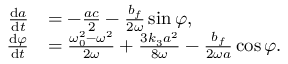
\begin{array} { r l } { \frac { \mathrm { d } a } { \mathrm { d } t } } & { = - \frac { a c } { 2 } - \frac { b _ { f } } { 2 \omega } \sin \varphi , } \\ { \frac { \mathrm { d } \varphi } { \mathrm { d } t } } & { = \frac { \omega _ { 0 } ^ { 2 } - \omega ^ { 2 } } { 2 \omega } + \frac { 3 k _ { 3 } a ^ { 2 } } { 8 \omega } - \frac { b _ { f } } { 2 \omega a } \cos \varphi . } \end{array}